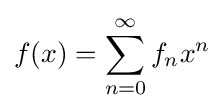
f(x)=\sum _{n=0}^{\infty }f_{n}x^{n}